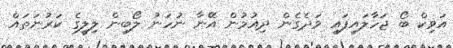
އަވިކް ބޯ ޖަހާލައިފައި ވަދެގެން ދިއުމުން އޭނާ ނުހަނު ލޯބިން ލިލީގެ ކަރުނަތައް